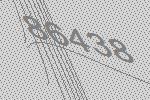
86438